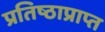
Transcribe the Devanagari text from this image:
प्रतिष्ठाप्राप्त